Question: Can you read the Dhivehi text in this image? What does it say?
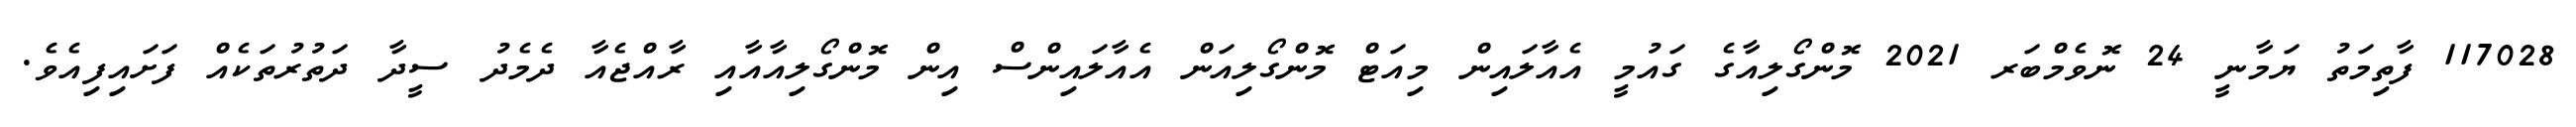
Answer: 117028 ފާތިމަތު ޔަމާނީ 24 ނޮވެމްބަރ 2021 މޮންގޯލިއާގެ ގައުމީ އެއާލައިން މިއަޓް މޮންގޯލިއަން އެއާލައިންސް އިން މޮންގޯލިއާއާއި ރާއްޖެއާ ދެމެދު ސީދާ ދަތުރުތަކެއް ފަށައިފިއެވެ.